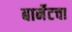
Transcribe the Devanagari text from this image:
बार्नेटचा